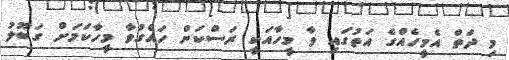
މި ދަތް އެމީހެއްގެ އަތުގައި ވާ މީހާއަކީ ރަސްކަން ހައްގުވާ މީހާކަމަށް ގަބޫލު